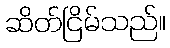
ဆိတ်ငြိမ်သည်။